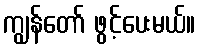
ကျွန်တော် ဖွင့်ပေးမယ်။